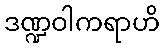
ဒဏ္ဍဝါကရာဟိ